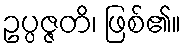
ဥပ္ပဇ္ဇတိ၊ ဖြစ်၏။